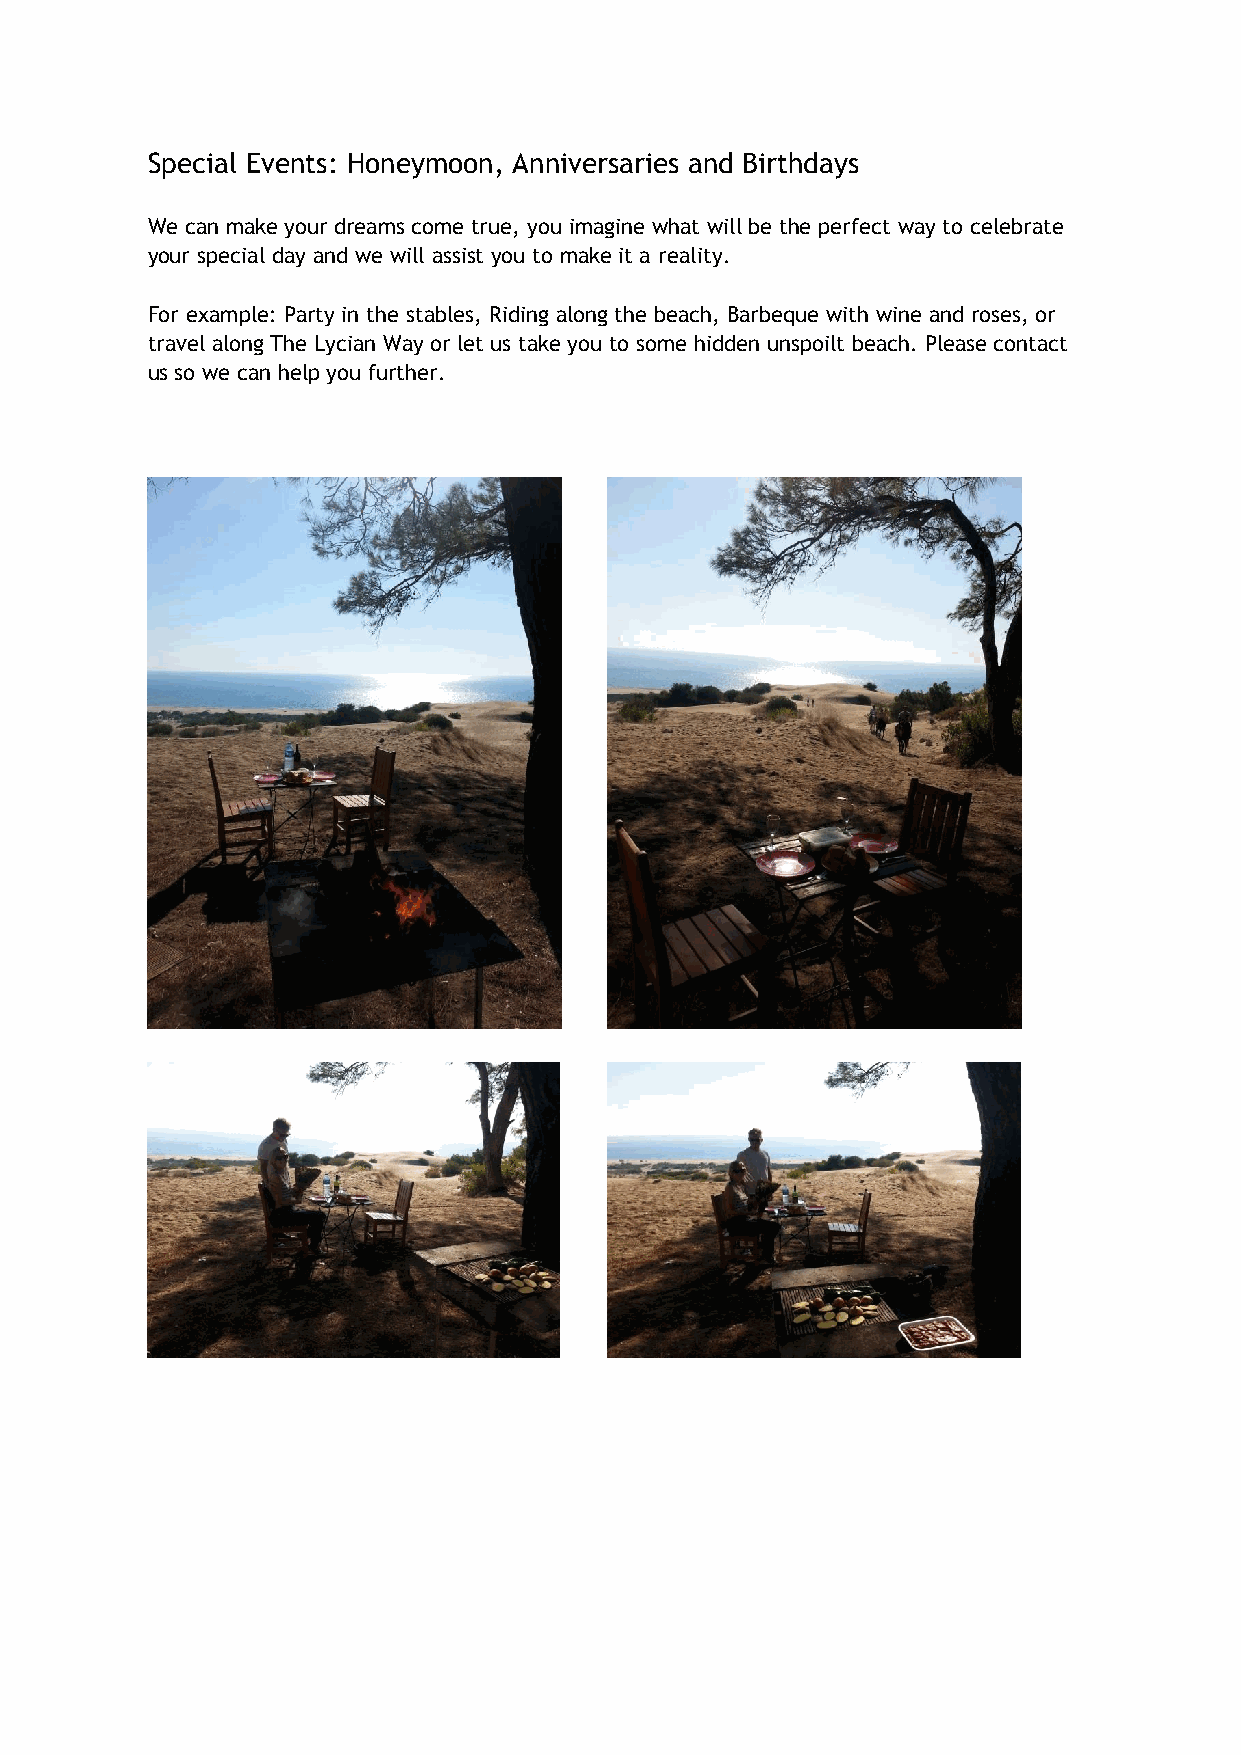
Special Events: Honeymoon, Anniversaries and Birthdays
 We can make your dreams come true, you imagine what will be the perfect way to celebrate
 your special day and we will assist you to make it a reality.
 For example: Party in the stables, Riding along the beach, Barbeque with wine and roses, or
 travel along The Lycian Way or let us take you to some hidden unspoilt beach. Please contact
 us so we can help you further.